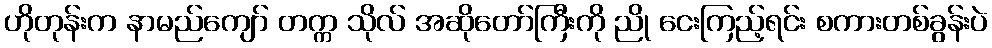
ဟိုတုန်းက နာမည်ကျော် တက္က သိုလ် အဆိုတော်ကြီးကို ညို ငေးကြည့်ရင်း စကားတစ်ခွန်းပဲ